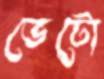
ভেটো